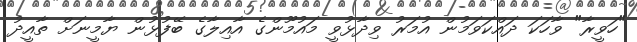
"ހަވީރާ" ވާހަކަ ދައްކަވަމުން އުމަރު ވިދާޅުވީ މައުމޫންގެ އާއިލާގެ ބޭފުޅުން ޔާމީނަށް ތާއީދު